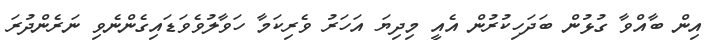
އިން ބާއްވާ ގުޅުން ބަދަހިކުރުން އެއީ މިދިޔަ އަހަރު ވެރިކަމާ ހަވާލުވެވަޑައިގެންނެވި ނަރެންދުރަ